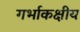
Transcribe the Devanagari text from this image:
गर्भाकक्षीय